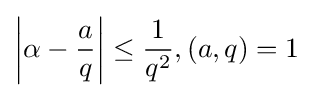
\left|\alpha -{\frac {a}{q}}\right|\leq {\frac {1}{q^{2}}},(a,q)=1